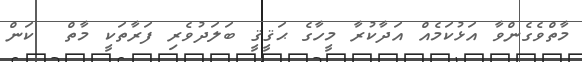
މާތްވެގެންވާ އަޅުކަމެއް އަދާކުރާ މީހާގެ ޙަޤީޤީ ބަލަދުވެރި ފަރާތަކީ މާތް  ކަން